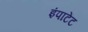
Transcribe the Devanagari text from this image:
इंपाटेंट